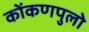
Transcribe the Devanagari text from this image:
कोंकणपुलो